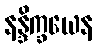
နန္ဒိက္ခယေန